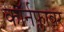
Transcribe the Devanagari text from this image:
कॉर्नफ्लावर